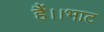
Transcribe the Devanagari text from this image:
हैं।।भाट